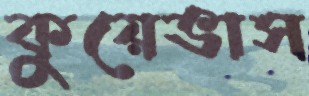
কুয়েভাস